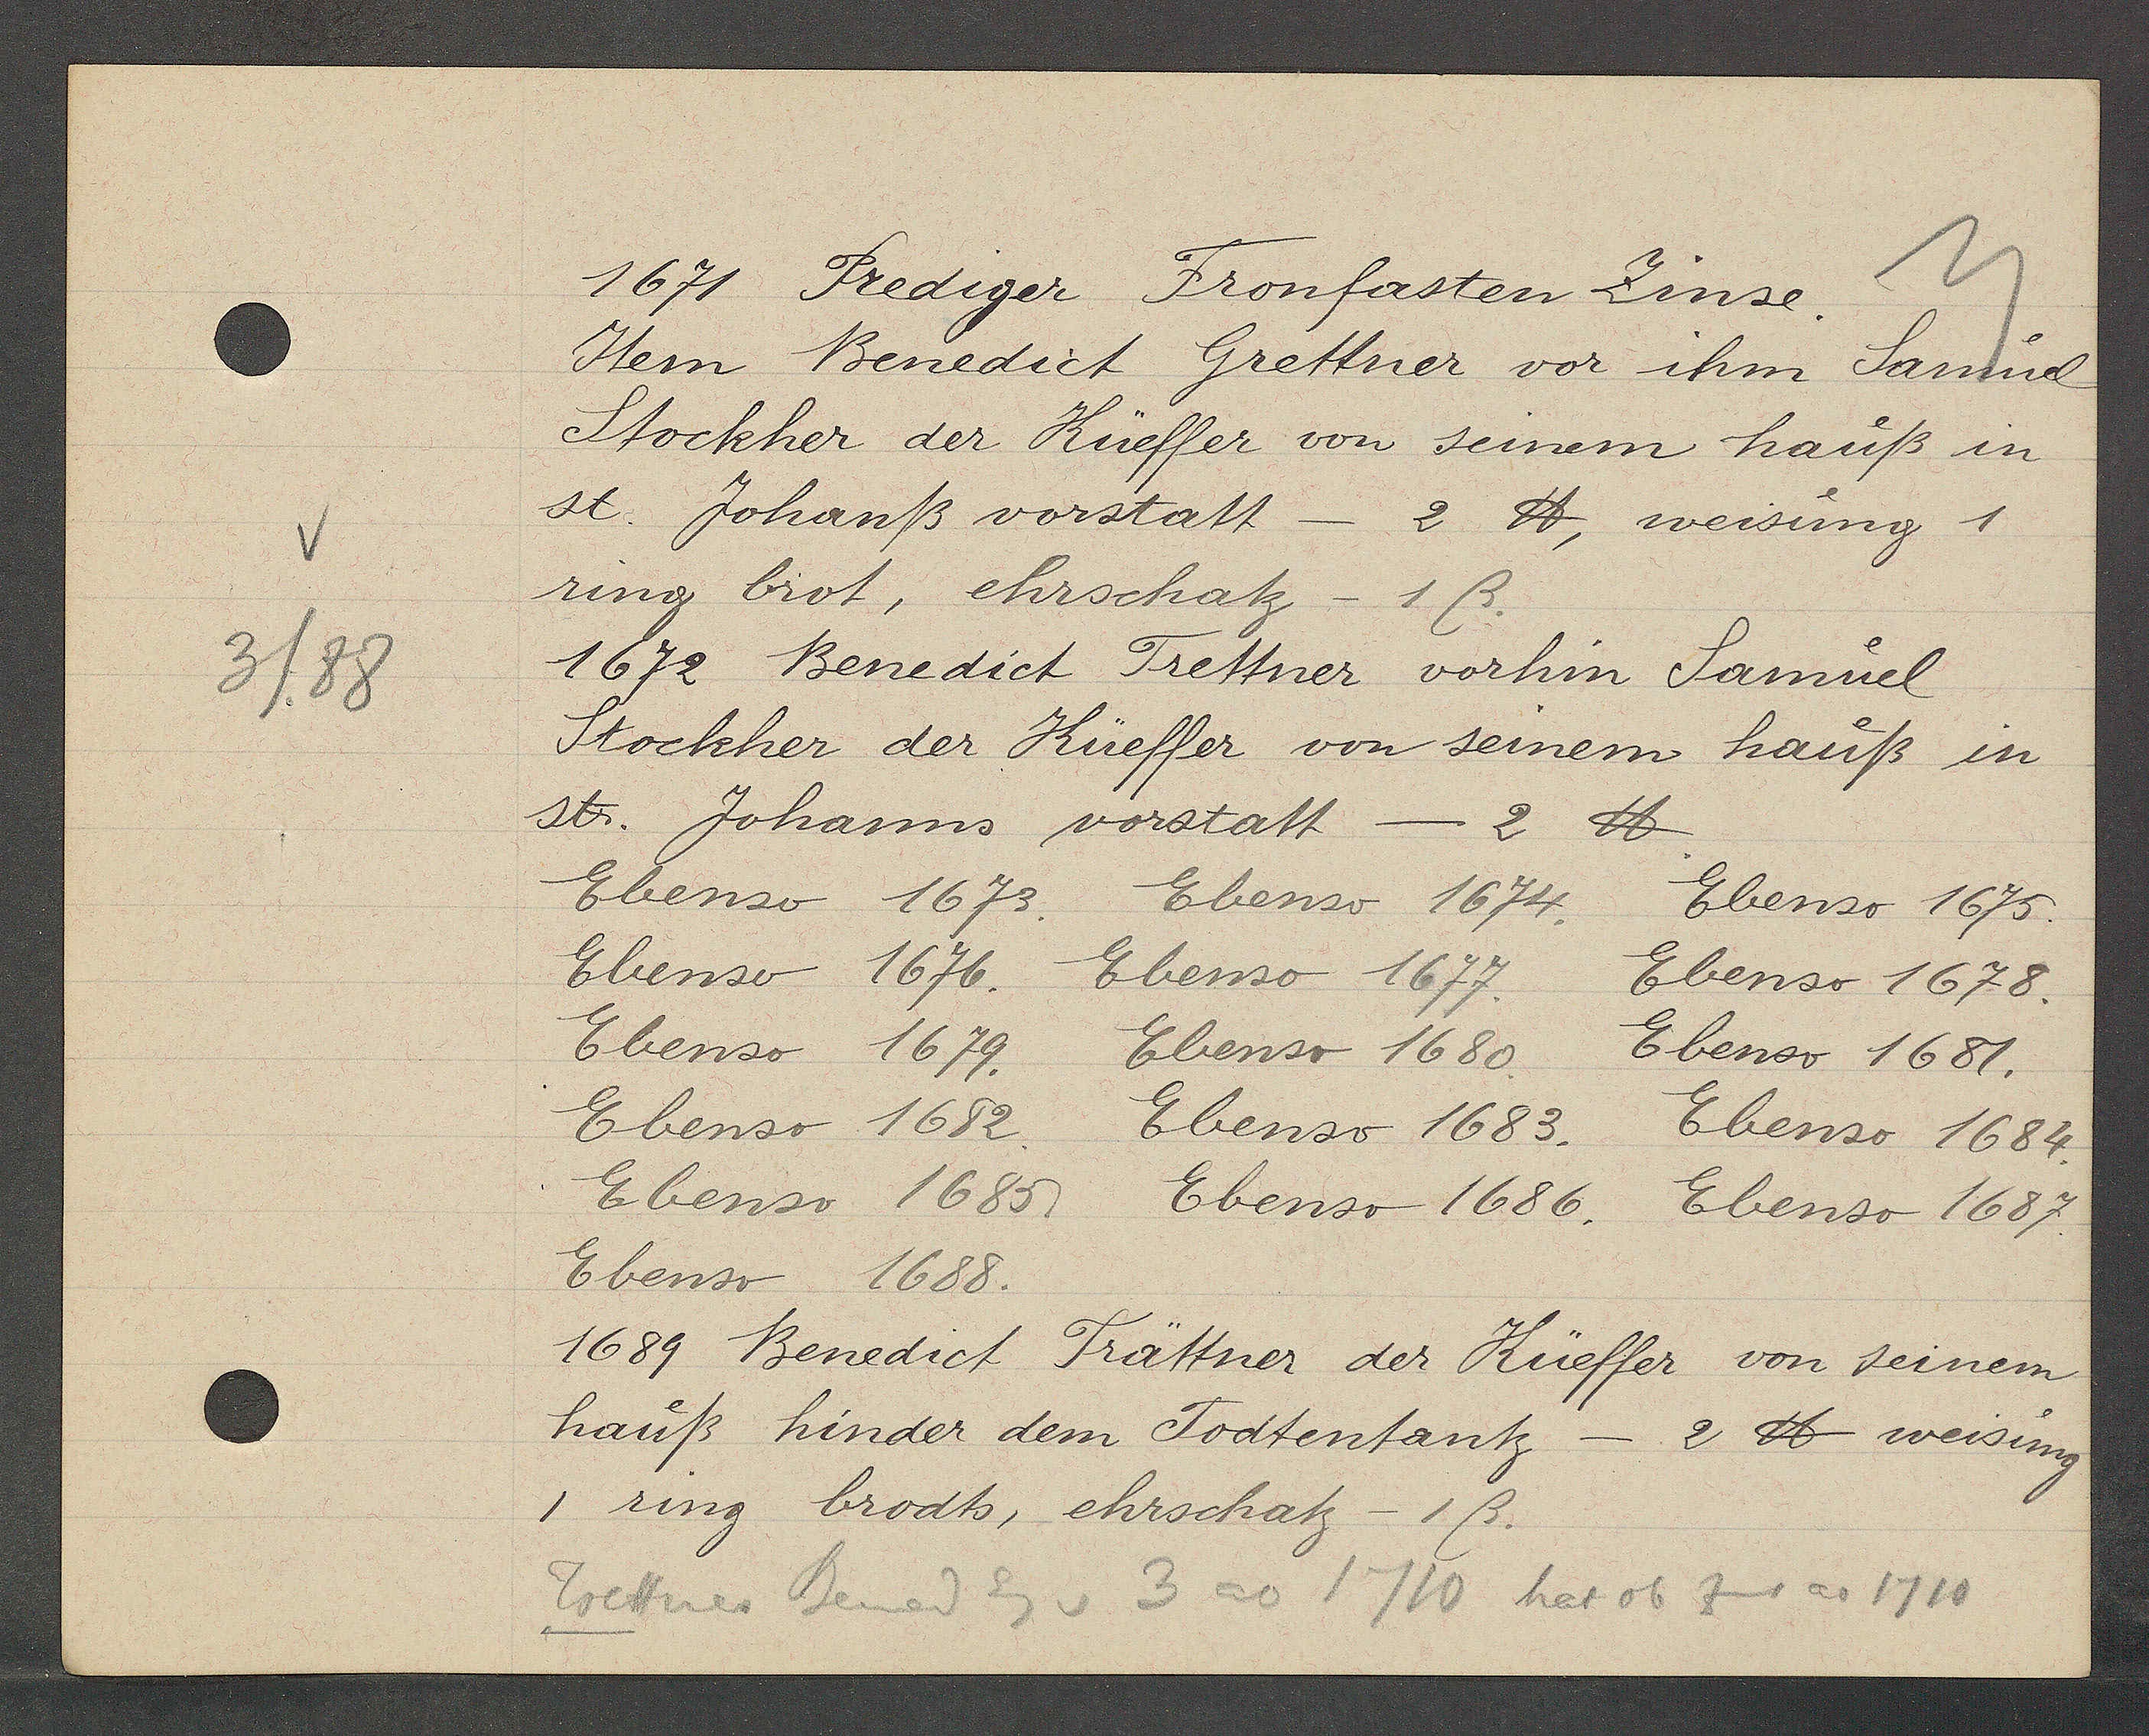
Transcript:
3/88

1671 Prediger Fronfasten Zinse.

Item Benedict Grettner vor ihm Samuel
Stockher der Küeffer von seinem hauß in
st. Johanß vorstatt - 2 ℔, weisung 1
ring brot, ehrschatz - 1ß.
1672 Benedict Trettner vorhin Samuel
Stockher der Küeffer von seinem hauß in
st. Johanns vorstatt - 2 ℔.
Ebenso 1673.
Ebenso 1674.
Ebenso 1675.
Ebenso 1676.
Ebenso 1677.
Ebenso 1678.
Ebenso 1679.
Ebenso 1680.
Ebenso 1681.
Ebenso 1682.
Ebenso 1683.
Ebenso 1684.
Ebenso 1685.
Ebenso 1686.
Ebenso 1687.
Ebenso 1688.
1689 Benedict Trättner der Küeffer von seinem
hauß hinder dem Todtentantz -
2 ℔ weisung
1 ring brodts, ehrschatz - 1ß.

Trettner
Bened Eg v
3 ao 1710 hat ob Zins ao 1710